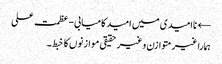
← ناامیدی میں امید کامیابی-عظمت علی
ہمارا غیر متوازن و غیر حقیقی موازنوں کا خبط ۔